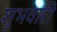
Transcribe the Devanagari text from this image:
शुभवारी